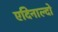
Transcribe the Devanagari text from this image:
एदिनाल्दो